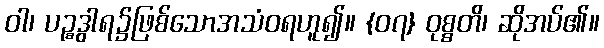
ဝါ၊ ပဉ္စဒွါရ၌ဖြစ်သောအသံဝရဟူ၍။ {၀၇} ဝုစ္စတိ၊ ဆိုအပ်၏။